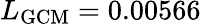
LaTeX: L_{\mathrm{GCM}}=0.00566